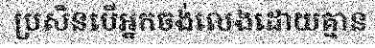
ប្រសិនបើអ្នកចង់លេងដោយគ្មាន